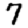
Digit: 7